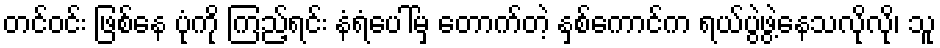
တင်ဝင်း ဖြစ်နေ ပုံကို ကြည့်ရင်း နံရံပေါ်မှ တောက်တဲ့ နှစ်ကောင်က ရယ်ပွဲဖွဲ့နေသလိုလို၊ သူ